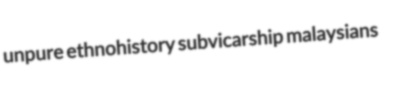
unpure ethnohistory subvicarship malaysians